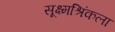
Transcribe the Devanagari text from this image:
सूक्ष्मश्रिंकला